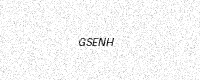
Text: GSENH